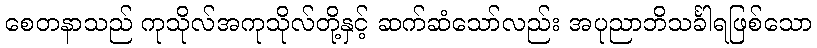
စေတနာသည် ကုသိုလ်အကုသိုလ်တို့နှင့် ဆက်ဆံသော်လည်း အပုညာဘိသင်္ခါရဖြစ်သော